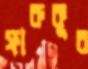
ফারুকুর